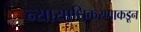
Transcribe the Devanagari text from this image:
न्यायाधिकरणाकडून